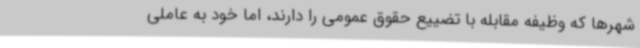
شهرها که وظیفه مقابله با تضییع حقوق عمومی را دارند، اما خود به عاملی